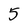
Character: 5